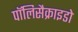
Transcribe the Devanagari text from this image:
पॉलिसैक्राइडो